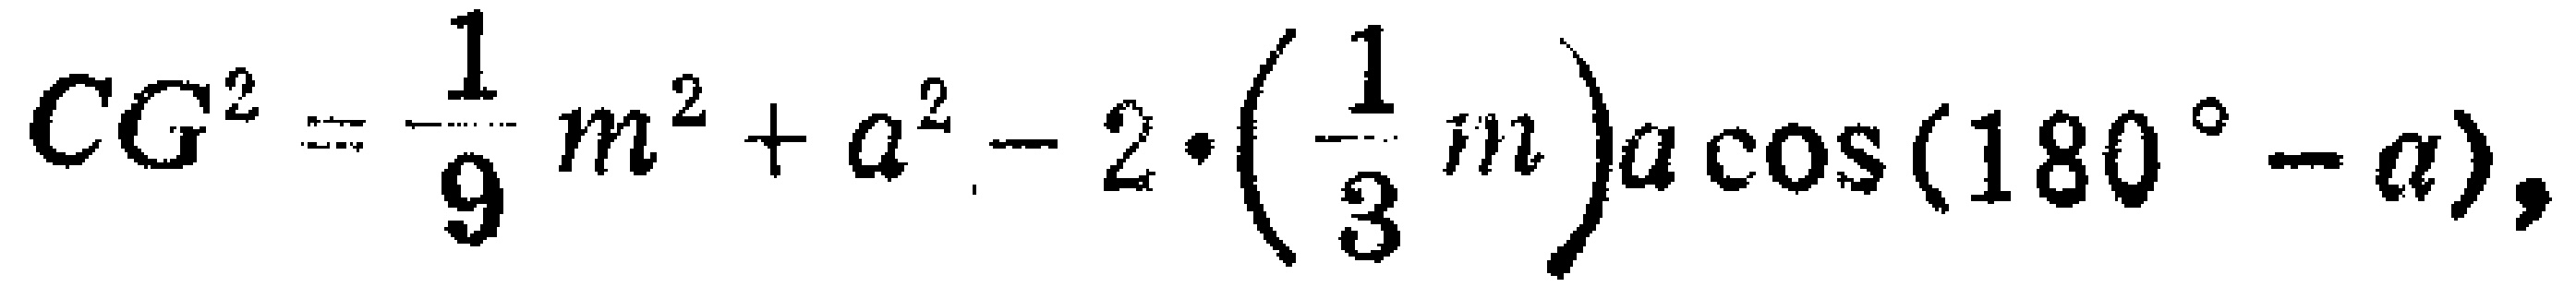
\[CG^{2}=\frac{1}{9}m^{2}+a^{2}-2\cdot\left(\frac{1}{3}m\right)a\cos(180^{\circ}-\alpha),\]